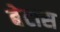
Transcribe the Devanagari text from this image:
बेटास